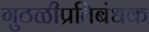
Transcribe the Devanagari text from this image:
गुठळीप्रतिबंधक